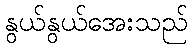
နွယ်နွယ်အေးသည်